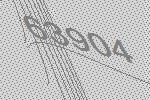
63904